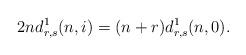
LaTeX: \begin{align*}2nd^1_{r,s}(n,i)=(n+r)d^1_{r,s}(n,0).\end{align*}